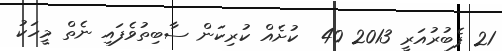
21 ފެބުރުއަރީ 2013 40  ކުށެއް ކުރިކަން ސާބިތުވެފައި ނެތް މީހަކު